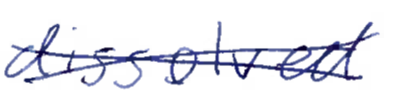
Text: dissolved
Cross-out: cross
Writing tool: ballpoint